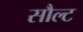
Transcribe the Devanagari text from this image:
सौल्ट